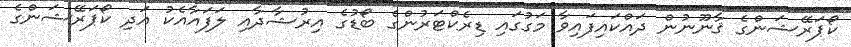
ކޯޕަރޭޝަންގެ ޤާނޫނުން ދައްކައިފައިވާ މަގުގައި ޑިރެކްޓަރުންގެ ބޯޑުގެ އިރުޝާދާއި ލަފައާއެކު އަދި ކޯޕަރޭޝަންގެ